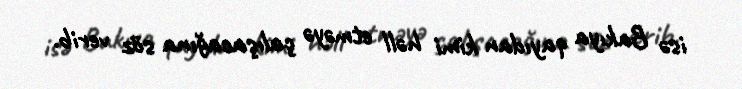
isə Bakıya qayıdan kimi həll etməyə çalışacağına söz verib.